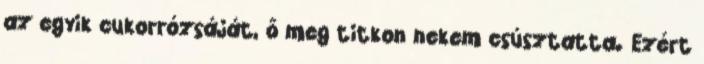
az egyik cukorrózsáját, ő meg titkon nekem csúsztatta. Ezért